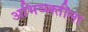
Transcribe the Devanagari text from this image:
अभिव्य्क्तीला